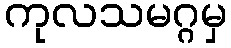
ကုလသမဂ္ဂမှ